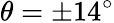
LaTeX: \theta=\pm 14^{\circ}